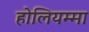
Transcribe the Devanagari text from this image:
होलियम्मा